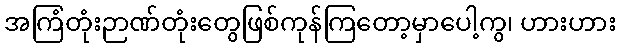
အကြံတုံးဉာဏ်တုံးတွေဖြစ်ကုန်ကြတော့မှာပေါ့ကွ၊ ဟားဟား